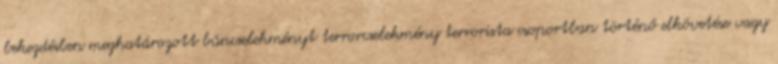
bekezdésben meghatározott bűncselekményt terrorcselekmény terrorista csoportban történő elkövetése vagy